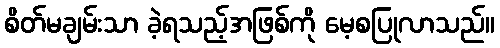
စိတ်မချမ်းသာ ခဲ့ရသည့်အဖြစ်ကို မေ့စပြုလာသည်။